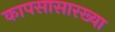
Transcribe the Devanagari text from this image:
कापसासारख्या